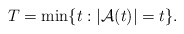
\begin{align*}T=\min\{t: |{\cal A}(t)| =t\}.\end{align*}